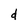
Character: d